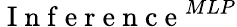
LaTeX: \mathrm{~I~n~f~e~r~e~n~c~e~}^{MLP}